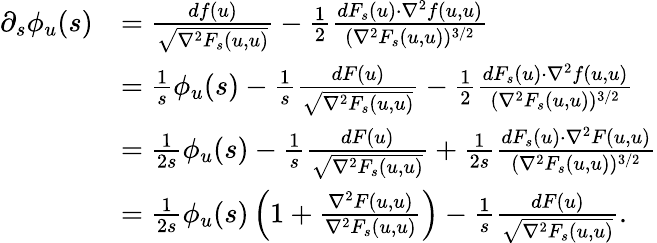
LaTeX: \begin{array}{rl}{\partial_{s}\phi_{u}(s)}&{=\frac{df(u)}{\sqrt{\nabla^{2}F_{s}(u,u)}}-\frac{1}{2}\frac{dF_{s}(u)\cdot\nabla^{2}f(u,u)}{(\nabla^{2}F_{s}(u,u))^{3/2}}}\\ &{=\frac{1}{s}\phi_{u}(s)-\frac{1}{s}\frac{dF(u)}{\sqrt{\nabla^{2}F_{s}(u,u)}}-\frac{1}{2}\frac{dF_{s}(u)\cdot\nabla^{2}f(u,u)}{(\nabla^{2}F_{s}(u,u))^{3/2}}}\\ &{=\frac{1}{2s}\phi_{u}(s)-\frac{1}{s}\frac{dF(u)}{\sqrt{\nabla^{2}F_{s}(u,u)}}+\frac{1}{2s}\frac{dF_{s}(u)\cdot\nabla^{2}F(u,u)}{(\nabla^{2}F_{s}(u,u))^{3/2}}}\\ &{=\frac{1}{2s}\phi_{u}(s)\left(1+\frac{\nabla^{2}F(u,u)}{\nabla^{2}F_{s}(u,u)}\right)-\frac{1}{s}\frac{dF(u)}{\sqrt{\nabla^{2}F_{s}(u,u)}}.}\end{array}